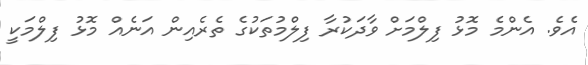
އެވެ. އެންމެ މޮޅު ފިލްމަށް ވާދަކުރާ ފިލްމުތަކުގެ ތެރެއިން އަނެއް މޮޅު ފިލްމަކީ